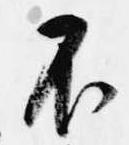
不